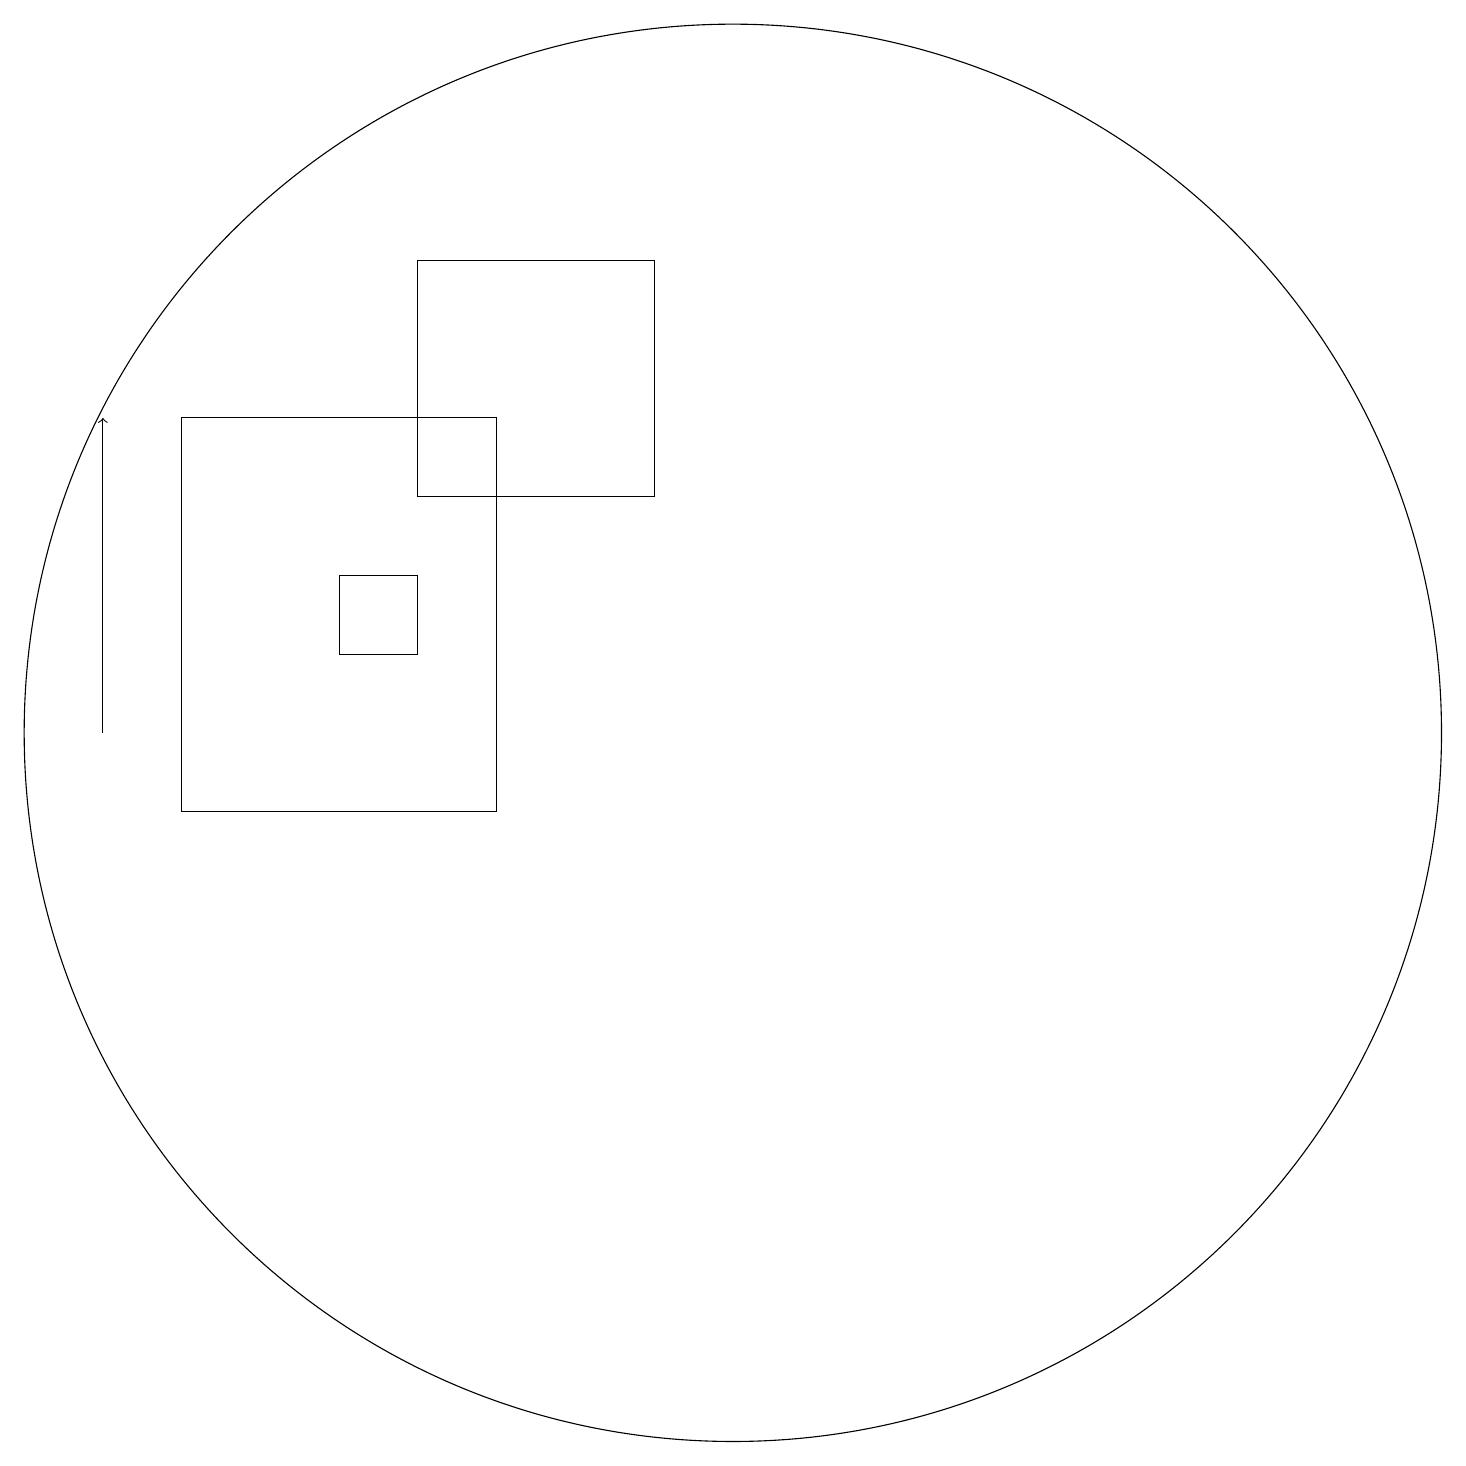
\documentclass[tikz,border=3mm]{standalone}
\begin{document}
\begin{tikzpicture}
\draw (5,13) rectangle (6,14);
\draw (10,12) circle (9);
\draw (12,10) circle (0);
\draw[->] (2,12) -- (2,16);
\draw (3,11) rectangle (7,16);
\draw (9,15) rectangle (6,18);
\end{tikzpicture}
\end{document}